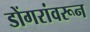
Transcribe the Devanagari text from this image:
डोंगरांवरून